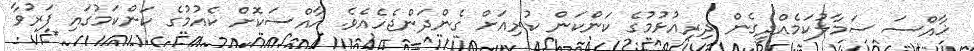
ޚާއްސަ ސަމާލުކަމެއްދީގެން ދިރިއުޅުމުގެ ކަންކަން ކުރިއަށް ގެންދަންޖެހެއެވެ. ޚާއްސަކޮށް ކެއުމުގެ ކަންކަމުގައި ފަރުވާ